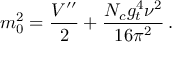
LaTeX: m _ { 0 } ^ { 2 } = \frac { V ^ { \prime \prime } } { 2 } + \frac { N _ { c } g _ { t } ^ { 4 } \nu ^ { 2 } } { 1 6 \pi ^ { 2 } } \, .